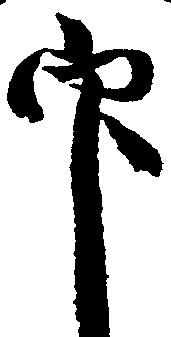
印